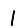
Digit: 1